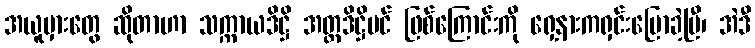
အယူမှားတွေ ဆိုတာဟာ သက္ကာယဒိဋ္ဌိ အတ္တဒိဋ္ဌိပင် ဖြစ်ကြောင်းကို ရှေ့နားကရှင်းပြောခဲ့ပြီ၊ အဲဒီ